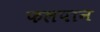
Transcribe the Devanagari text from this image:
फलपान